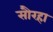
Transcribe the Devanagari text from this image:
सौरहा